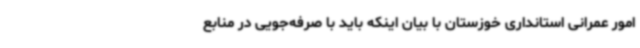
امور عمرانی استانداری خوزستان با بیان اینکه باید با صرفه‌جویی در منابع